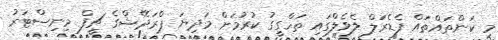
މި ކަންތައްތައް ފެޑެރަލް ލެވެލްގައި ތަހްގީގު ކުރުމަށް މަދިޔަ ޕްރަދޭޝްގެ ޗީފް މިނިސްޓަރު